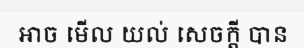
អាច មើល យល់ សេចក្តី បាន